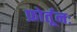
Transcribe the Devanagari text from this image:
फ़ोर्तूनः